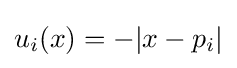
u_{i}(x)=-|x-p_{i}|